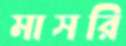
মাসরি